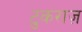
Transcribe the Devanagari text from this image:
टुकराज़